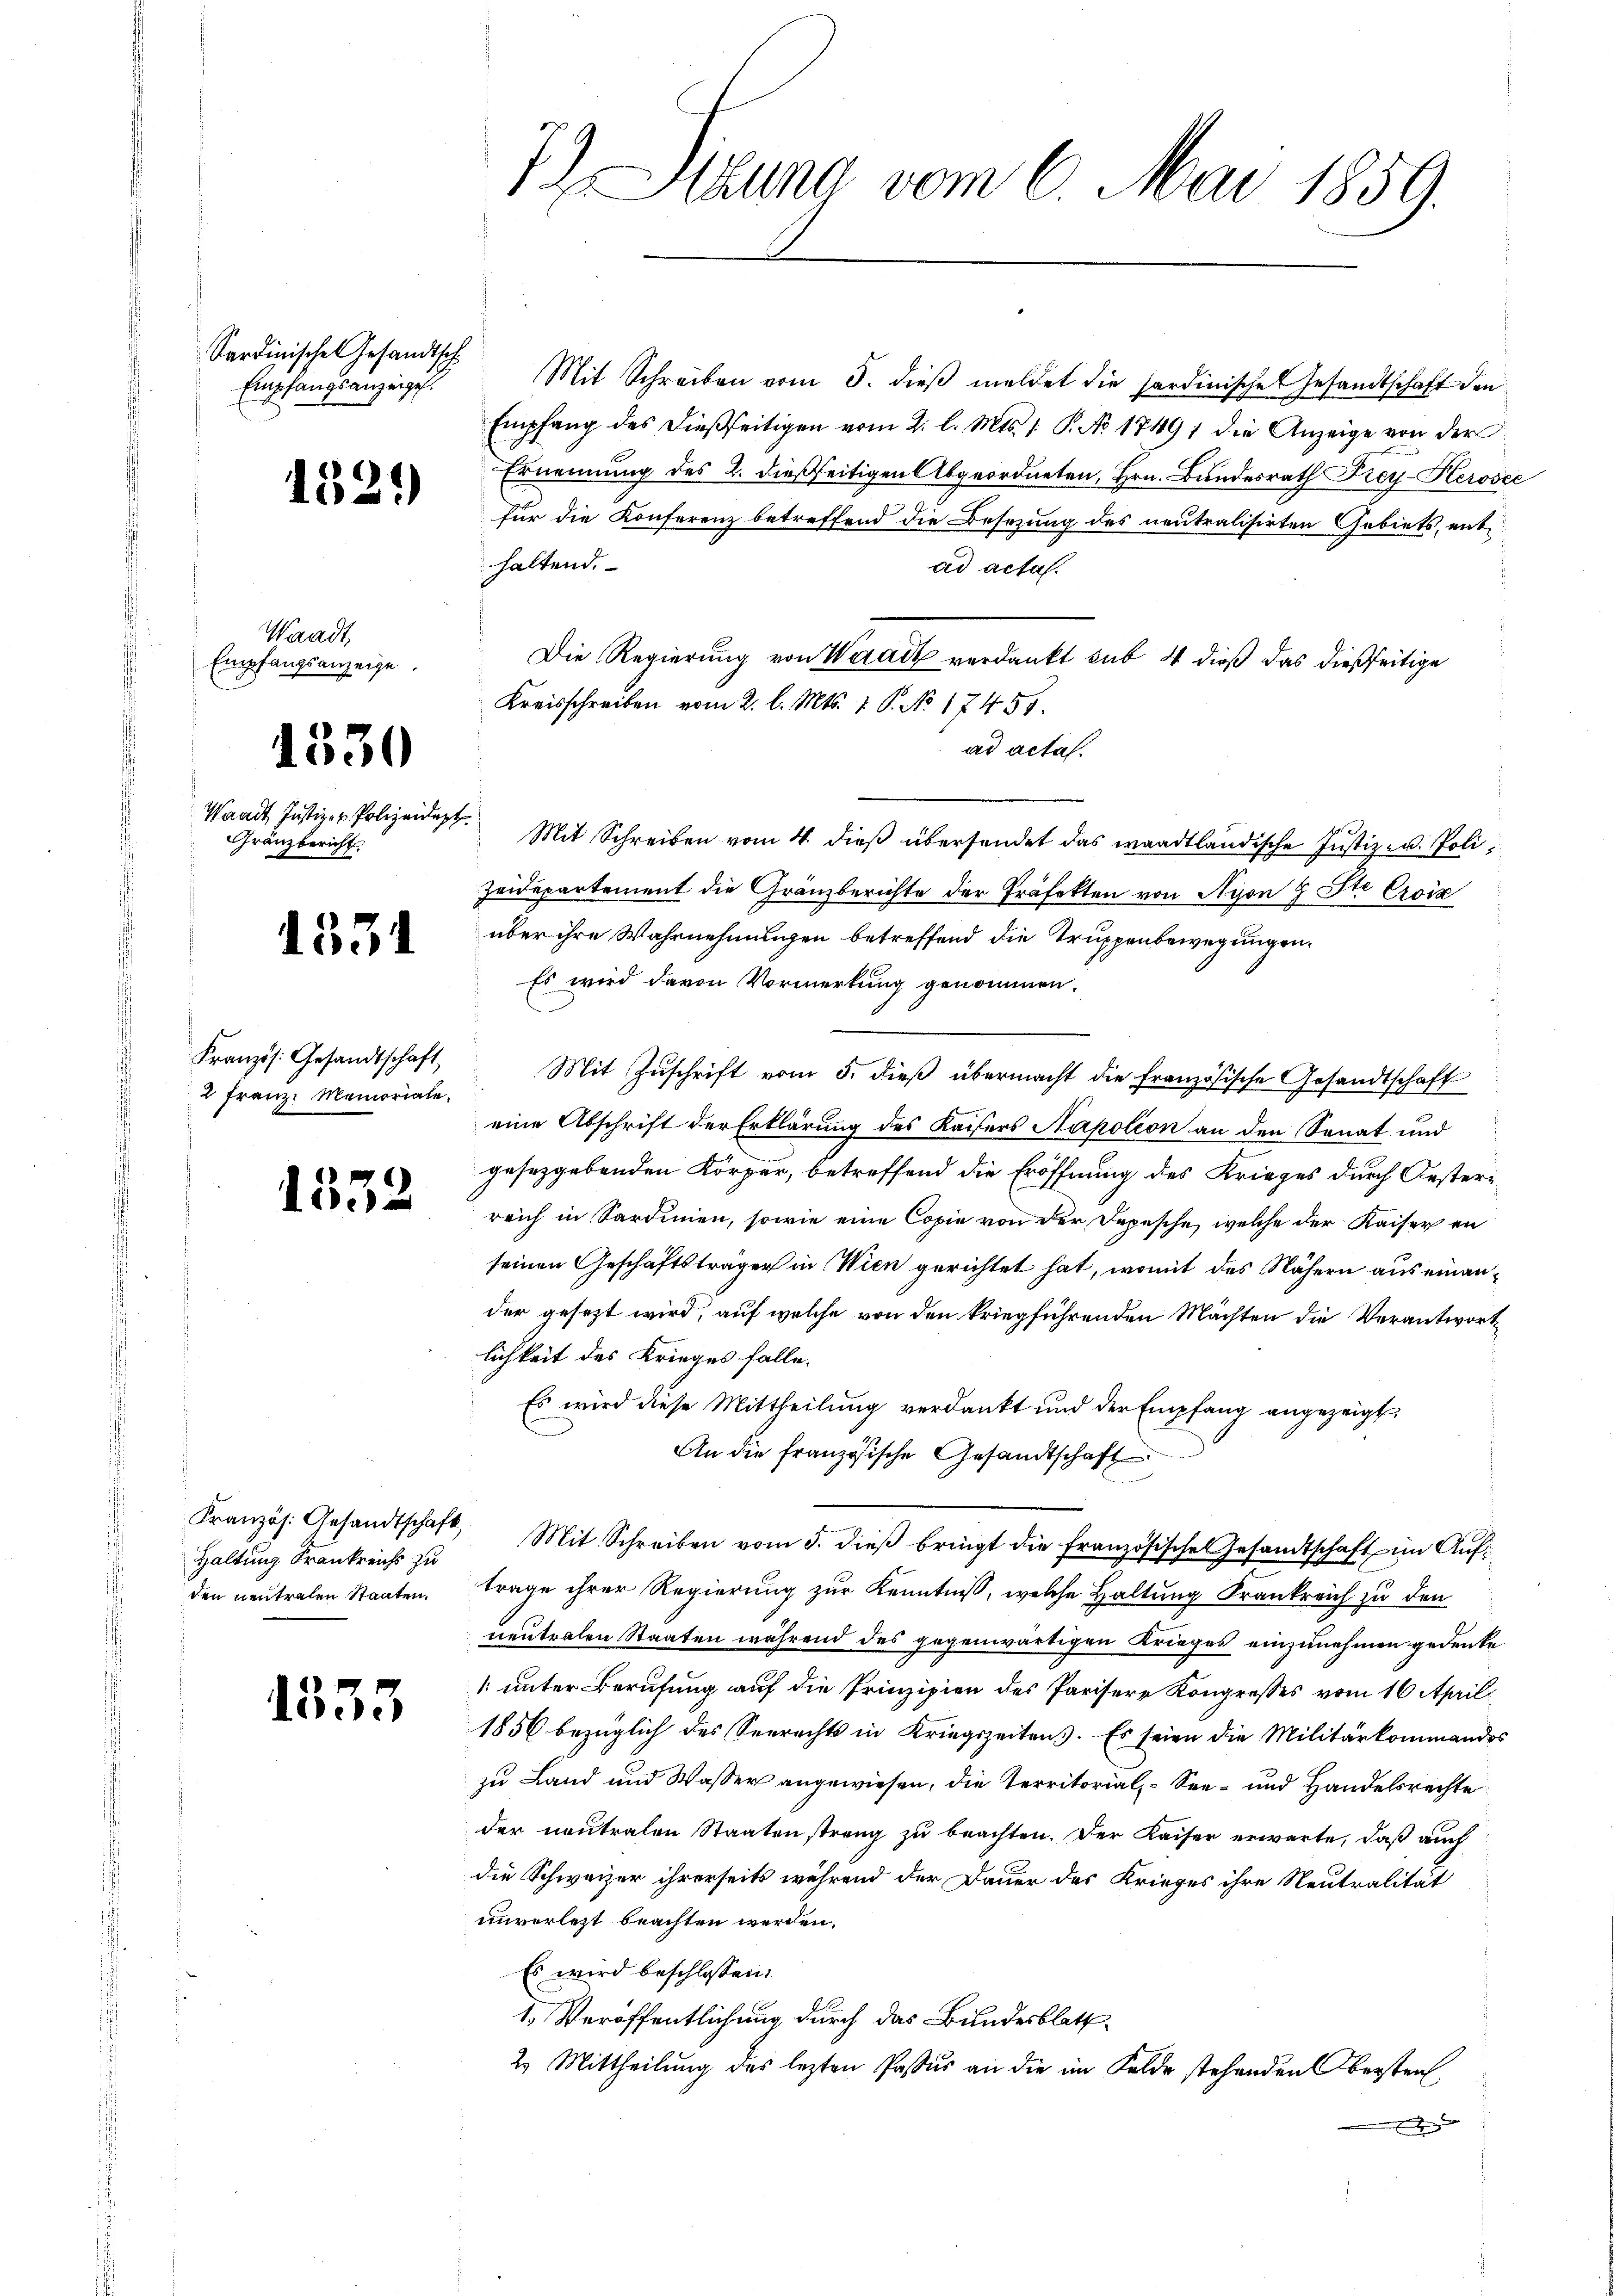
Sardinische Gesandtsch
Empfangsanzeigel.

1321)

Waadt,
Empfangsanzeige

1330

Waadt Justiz- & Polizeidept.
Gränzbericht

1334

Kranzös. Gesandtschaft,
2 Franz Memoriale.

1332

Haltung Frankreichs zu
den neutralen Staaten.

1335

Mit Schreiben vom 5. dieβ meldet die sardinische Gesandtschaft den
Empfang des dießseitigen vom 2. l. Mts. 1. P. Nr. 17491 die Anzeige von der
Ernennung des 2. dießseitigen Abgeordneten, Hrn. Bundesrath Frey-Kerosce
für die Konferenz betreffend die Besetzung des neutralisirten Gebiets, enthaltend.
ad acta.
Die Regierung von Werait verdankt sub. 4 dieß das dießseitige
Kreisschreiben vom 2. l. Mts. 1. P. No 17455.
ad acta.
Mit Schreiben vom 4. dieß übersendet das waadtländische Justiz- u. Poli¬
Zeidepartement die Gränzberichte der Präfekten von Nyon & Ste Croix
über ihre Wahrnehmungen betreffend die Truppenbewegungen.
Es wird davon Vormerkung genommen.
Mit Zuschrift vom 5. dieß übermacht die französische Gesandtschaft
eine Abschrift der Erklärung des Kaisers Napoleon an den Sonat und
gesetzgebenden Körper, betreffend die Eröffnung des Krieges durch Oestere
reich in Sardinien, sowie eine Copie von der Depesche, welche der Kaiser an
seinen Geschäftsträger in Wien gerichtet hat, womit des Nähern aus einander gesezt wird, auf welche von den kriegführenden Mächten die Verantwort
lichkeit des Krieges falle.
Es wird diese Mittheilung verdankt und der Empfang angezeigt,
An die französische Gesandtschaft
Kranzös. Gesandtschaft, Mit Schreiben vom 5. dieβ bringt die französische Gesandtschaft im Aŭf-
trage ihrer Regierung zur Kenntniß, welche Haltung Frankreich zu den
neutralen Staaten während des gegenwärtigen Krieges einzunehmen gedenke
1. unter Berufung auf die Prinzipien des Parisere Kongresses vom 16. April
1856 bezüglich des Seerechts in Kriegszeitens. Es seien die Militärkommandos
zu Land und Wasser angewiesen, die Territorial- See- und Handelsrechte
der neutralen Staaten streng zu beachten. Der Kaiser erwarte, daß auch
die Schweizer ihrerseits während der Dauer das Krieges ihre Neutralität
unverletzt beachten werden.
Es wird beschlossen:
1.) Veröffentlichung durch das Bundesblatt
2. Mittheilung des lezten Passus an die im Felde stehenden Obersten
e

7) Stauma vom 6. Mai 1859.